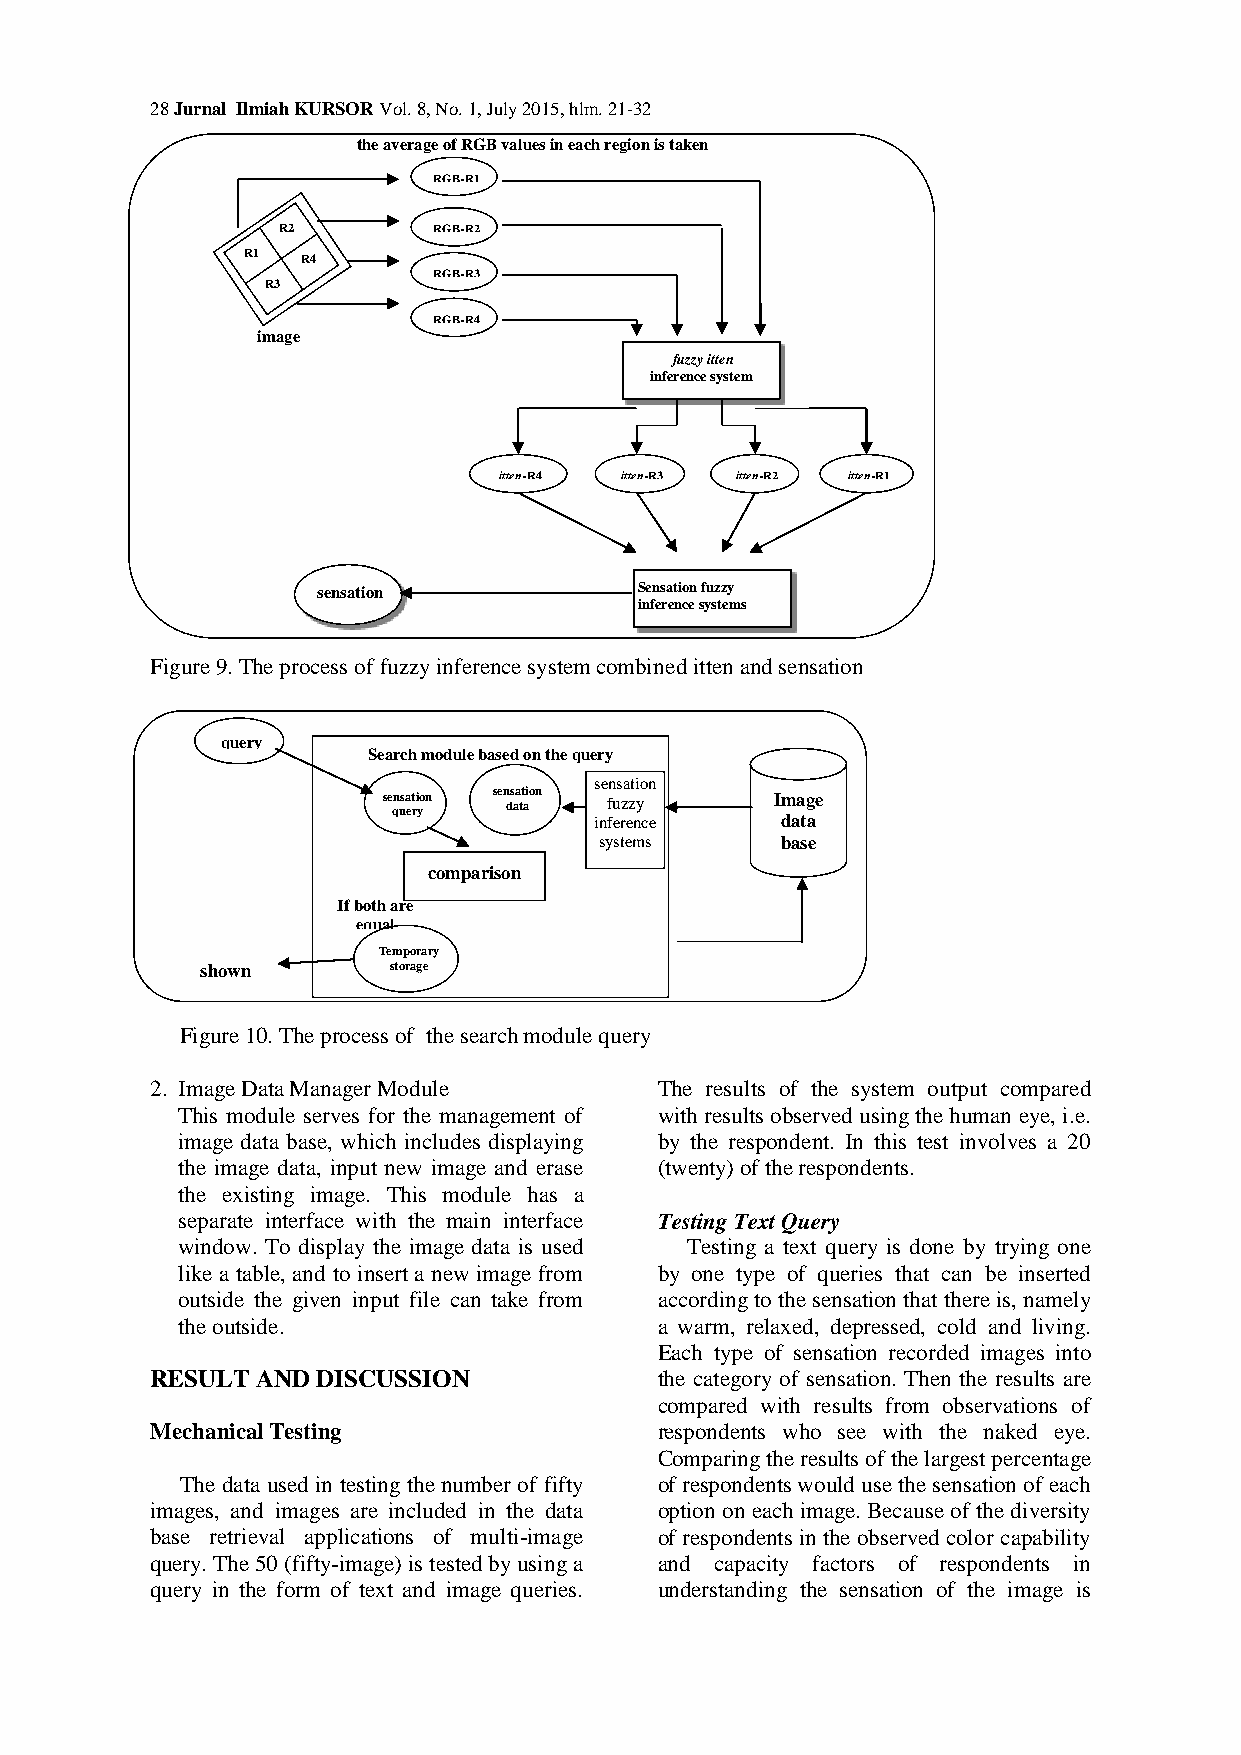
28 Jurnal Ilmiah KURSOR Vol. 8, No. 1, July 2015, hlm. 21-32
 the average of RGB values in each region is taken
 RGB-R1
 R2         RGB-R2
 R1  R4
 RGB-R3
 R3
 RGB-R4
 image
 fuzzy itten
 inference system
 itten-R4 itten-R3 itten-R2 itten-R1
 sensation            Sensation fuzzy
 inference systems
 Figure 9. The process of fuzzy inference system combined itten and sensation
 query
 Search module based on the query
 sensation
 se qn usa et ri yo n sen ds aa tt aio n fuzzy Image
 inference    data
 systems     base
 comparison
 If both are
 equal
 Temporary
 shown        storage
 Figure 10. The process of the search module query
 2. Image Data Manager Module      The results of the system output compared
 This module serves for the management of with results observed using the human eye, i.e.
 image data base, which includes displaying by the respondent. In this test involves a 20
 the image data, input new image and erase (twenty) of the respondents.
 the existing image. This module has a
 separate interface with the main interface Testing Text Query
 window. To display the image data is used Testing a text query is done by trying one
 like a table, and to insert a new image from by one type of queries that can be inserted
 outside the given input file can take from according to the sensation that there is, namely
 the outside.                    a warm, relaxed, depressed, cold and living.
 Each type of sensation recorded images into
 RESULT AND DISCUSSION             the category of sensation. Then the results are
 compared with results from observations of
 Mechanical Testing                respondents who see with the naked eye.
 Comparing the results of the largest percentage
 The data used in testing the number of fifty of respondents would use the sensation of each
 images, and images are included in the data option on each image. Because of the diversity
 base retrieval applications of multi-image of respondents in the observed color capability
 query. The 50 (fifty-image) is tested by using a and capacity factors of respondents in
 query in the form of text and image queries. understanding the sensation of the image is